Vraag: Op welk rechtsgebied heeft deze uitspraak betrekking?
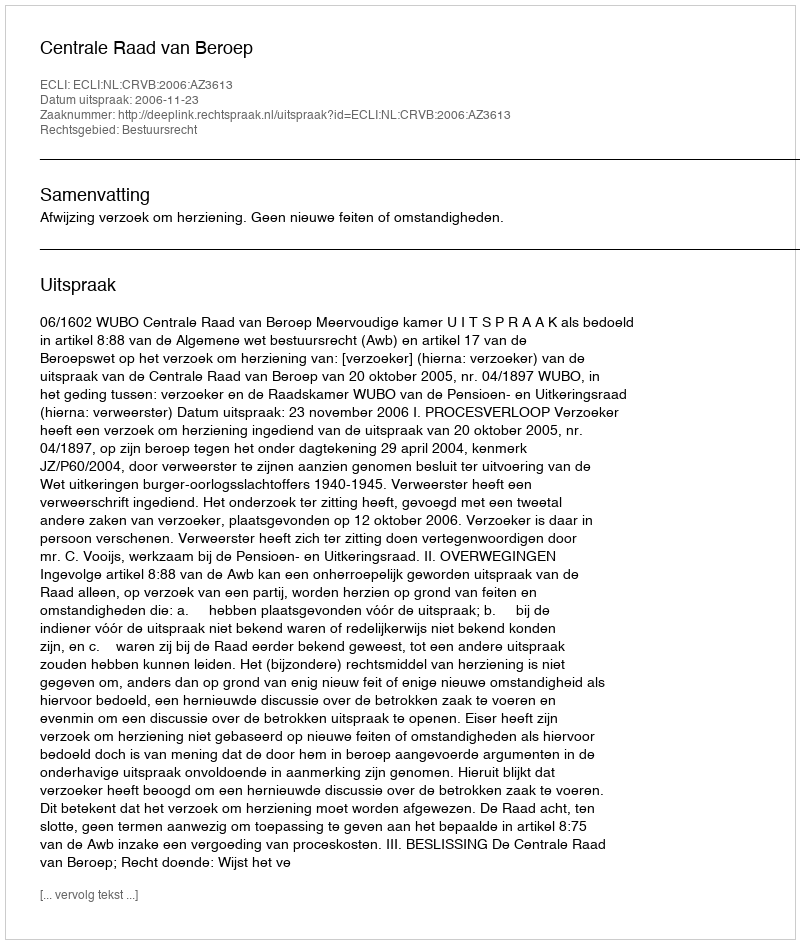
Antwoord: Bestuursrecht